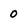
Character: 0